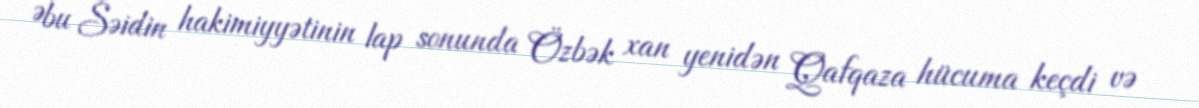
Əbu Səidin hakimiyyətinin lap sonunda Özbək xan yenidən Qafqaza hücuma keçdi və